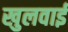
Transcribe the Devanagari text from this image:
खुलवाई